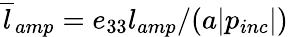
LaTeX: \overline{{l}}_{amp}=e_{33}l_{amp}/(a|p_{inc}|)